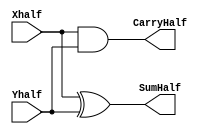
`timescale 1ns / 1ps
//////////////////////////////////////////////////////////////////////////////////
// Company: 
// Engineer: 
// 
// Create Date:    
// Design Name: 
// Module Name:    HalfAdder 
// Project Name: 
// Target Devices: 
// Tool versions: 
// Description: 
//
// Dependencies: 
//
// Revision: 
// Revision 0.01 - File Created
// Additional Comments: 
//
//////////////////////////////////////////////////////////////////////////////////
module HalfAdder(SumHalf, CarryHalf,Xhalf, Yhalf);

    output SumHalf;
    output CarryHalf;
	input Xhalf;
    input Yhalf;							
// description of half adder.  Instantiate primitive gates
					
	xor(SumHalf,Xhalf,Yhalf); // xor Function (output, input1, input2)
	and(CarryHalf,Xhalf,Yhalf); // and Function (output, input1, input2)


endmodule